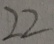
2 2